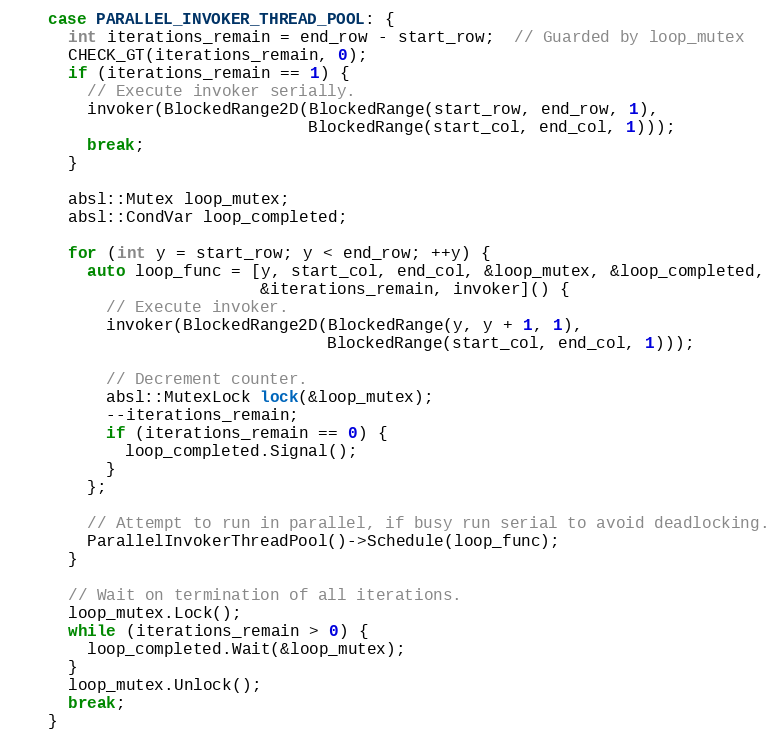
Language: C
    case PARALLEL_INVOKER_THREAD_POOL: {
      int iterations_remain = end_row - start_row;  // Guarded by loop_mutex
      CHECK_GT(iterations_remain, 0);
      if (iterations_remain == 1) {
        // Execute invoker serially.
        invoker(BlockedRange2D(BlockedRange(start_row, end_row, 1),
                               BlockedRange(start_col, end_col, 1)));
        break;
      }

      absl::Mutex loop_mutex;
      absl::CondVar loop_completed;

      for (int y = start_row; y < end_row; ++y) {
        auto loop_func = [y, start_col, end_col, &loop_mutex, &loop_completed,
                          &iterations_remain, invoker]() {
          // Execute invoker.
          invoker(BlockedRange2D(BlockedRange(y, y + 1, 1),
                                 BlockedRange(start_col, end_col, 1)));

          // Decrement counter.
          absl::MutexLock lock(&loop_mutex);
          --iterations_remain;
          if (iterations_remain == 0) {
            loop_completed.Signal();
          }
        };

        // Attempt to run in parallel, if busy run serial to avoid deadlocking.
        ParallelInvokerThreadPool()->Schedule(loop_func);
      }

      // Wait on termination of all iterations.
      loop_mutex.Lock();
      while (iterations_remain > 0) {
        loop_completed.Wait(&loop_mutex);
      }
      loop_mutex.Unlock();
      break;
    }